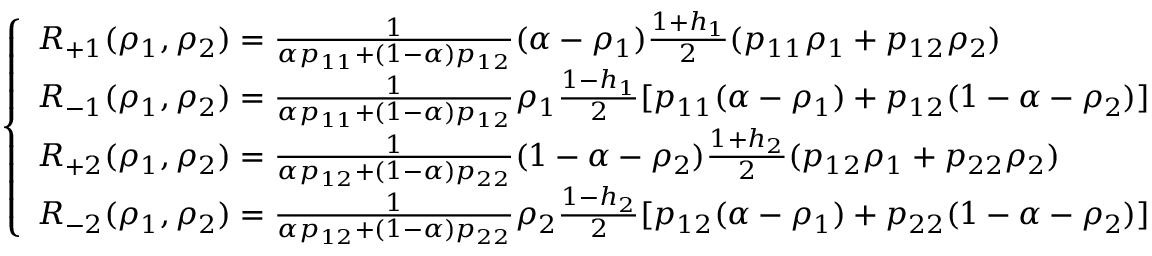
\left\{ \begin{array} { l l } { R _ { + 1 } ( \rho _ { 1 } , \rho _ { 2 } ) = \frac { 1 } { \alpha p _ { 1 1 } + ( 1 - \alpha ) p _ { 1 2 } } ( \alpha - \rho _ { 1 } ) \frac { 1 + h _ { 1 } } { 2 } ( p _ { 1 1 } \rho _ { 1 } + p _ { 1 2 } \rho _ { 2 } ) } \\ { R _ { - 1 } ( \rho _ { 1 } , \rho _ { 2 } ) = \frac { 1 } { \alpha p _ { 1 1 } + ( 1 - \alpha ) p _ { 1 2 } } \rho _ { 1 } \frac { 1 - h _ { 1 } } { 2 } [ p _ { 1 1 } ( \alpha - \rho _ { 1 } ) + p _ { 1 2 } ( 1 - \alpha - \rho _ { 2 } ) ] } \\ { R _ { + 2 } ( \rho _ { 1 } , \rho _ { 2 } ) = \frac { 1 } { \alpha p _ { 1 2 } + ( 1 - \alpha ) p _ { 2 2 } } ( 1 - \alpha - \rho _ { 2 } ) \frac { 1 + h _ { 2 } } { 2 } ( p _ { 1 2 } \rho _ { 1 } + p _ { 2 2 } \rho _ { 2 } ) } \\ { R _ { - 2 } ( \rho _ { 1 } , \rho _ { 2 } ) = \frac { 1 } { \alpha p _ { 1 2 } + ( 1 - \alpha ) p _ { 2 2 } } \rho _ { 2 } \frac { 1 - h _ { 2 } } { 2 } [ p _ { 1 2 } ( \alpha - \rho _ { 1 } ) + p _ { 2 2 } ( 1 - \alpha - \rho _ { 2 } ) ] } \end{array} \right.